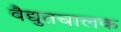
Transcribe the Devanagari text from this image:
वैद्युतचालक